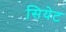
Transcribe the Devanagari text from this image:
सियेट